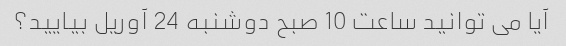
آیا می توانید ساعت 10 صبح دوشنبه 24 آوریل بیایید؟